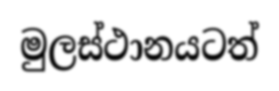
මුලස්ථානයටත්